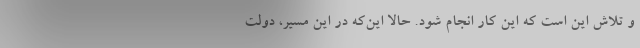
و تلاش این است که این کار انجام شود. حالا این‌که در این مسیر، دولت